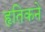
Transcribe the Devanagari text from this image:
हृतिकने